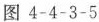
图4-4-3-5